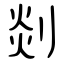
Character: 剡